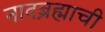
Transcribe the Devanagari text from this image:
नादब्रह्माची